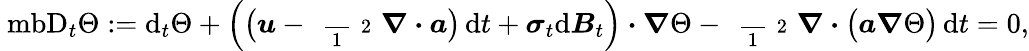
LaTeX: \mathrm{\ mb{D}}_{t}\Theta:=\mathrm{d}_{t}\Theta+\Big(\big(\boldsymbol{u}-\mathrm{~\scriptsize~\frac~{~1~}~{~2~}~}\boldsymbol{\nabla}\boldsymbol{\cdot}\boldsymbol{a}\big)\, \mathrm{d}t+\boldsymbol{\sigma}_{t}\mathrm{d}\boldsymbol{B}_{t}\Big)\boldsymbol{\cdot}\boldsymbol{\nabla}\Theta-\mathrm{~\scriptsize~\frac~{~1~}~{~2~}~}\boldsymbol{\nabla}\boldsymbol{\cdot}\big(\boldsymbol{a}\boldsymbol{\nabla}\Theta\big)\, \mathrm{d}t=0,